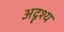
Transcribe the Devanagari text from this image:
अदॄश्य